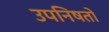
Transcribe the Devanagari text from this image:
उपनिषतों